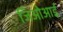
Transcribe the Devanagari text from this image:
जिओआई